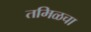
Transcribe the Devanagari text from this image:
तमिळचा